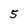
Character: 5